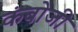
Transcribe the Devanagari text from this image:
कंबोजी